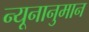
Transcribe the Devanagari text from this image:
न्यूनानुमान